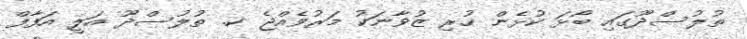
ތުލުސްދޫގައި ބޯޅަ ކުޅެން ހުރި ޒުވާނަކު މަރުވެއްޖެ ކ. ތުލުސްދޫ އަލީ އަފާފް